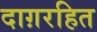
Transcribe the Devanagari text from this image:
दाग़रहित